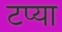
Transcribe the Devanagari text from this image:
टप्या